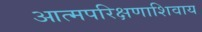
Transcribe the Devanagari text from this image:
आत्मपरिक्षणाशिवाय